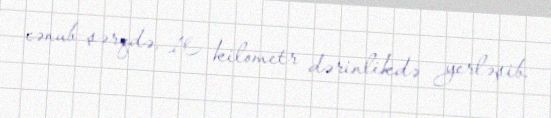
cənub-şərqdə, 10 kilometr dərinlikdə yerləşib.